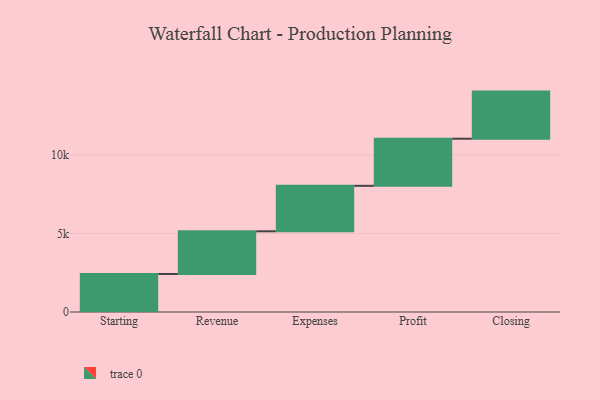
{"axis": {"x": "Step", "y": "Value"}, "legend": [""], "data": [{"x": "Starting", "y": 2421.0, "type": ""}, {"x": "Revenue", "y": 2719.0, "type": ""}, {"x": "Expenses", "y": 2894.0, "type": ""}, {"x": "Profit", "y": 3000, "type": ""}, {"x": "Closing", "y": 3000, "type": ""}]}